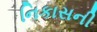
નિકાસની